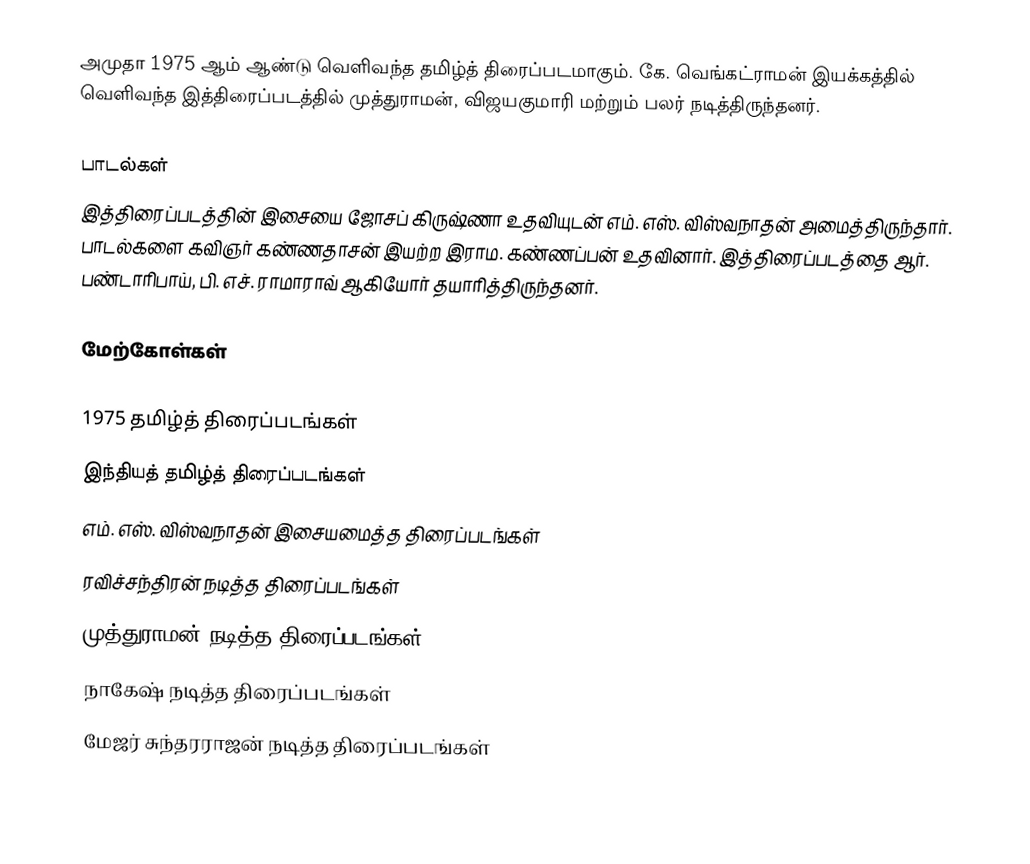
அமுதா 1975 ஆம் ஆண்டு வெளிவந்த தமிழ்த் திரைப்படமாகும். கே. வெங்கட்ராமன் இயக்கத்தில் வெளிவந்த இத்திரைப்படத்தில் முத்துராமன், விஜயகுமாரி மற்றும் பலர் நடித்திருந்தனர்.

பாடல்கள்
இத்திரைப்படத்தின் இசையை ஜோசப் கிருஷ்ணா உதவியுடன் எம். எஸ். விஸ்வநாதன் அமைத்திருந்தார். பாடல்களை கவிஞர் கண்ணதாசன் இயற்ற இராம. கண்ணப்பன் உதவினார். இத்திரைப்படத்தை ஆர். பண்டாரிபாய், பி. எச். ராமாராவ் ஆகியோர் தயாரித்திருந்தனர்.

மேற்கோள்கள்

1975 தமிழ்த் திரைப்படங்கள்
இந்தியத் தமிழ்த் திரைப்படங்கள்
எம். எஸ். விஸ்வநாதன் இசையமைத்த திரைப்படங்கள்
ரவிச்சந்திரன் நடித்த திரைப்படங்கள்
முத்துராமன் நடித்த திரைப்படங்கள்
நாகேஷ் நடித்த திரைப்படங்கள்
மேஜர் சுந்தரராஜன் நடித்த திரைப்படங்கள்